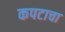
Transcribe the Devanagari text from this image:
कपटाचा